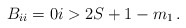
\begin{align*} B_{ii} =0 i>2S+1-m_1 \,. \end{align*}